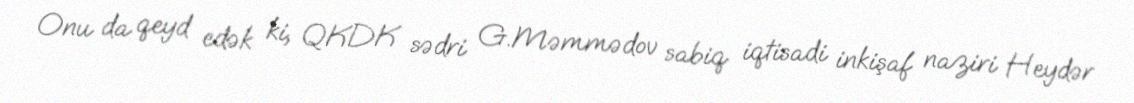
Onu da qeyd edək ki, QKDK sədri G.Məmmədov sabiq iqtisadi inkişaf naziri Heydər